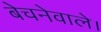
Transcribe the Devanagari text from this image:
बेचनेवाले।